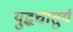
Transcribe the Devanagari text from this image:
यु्द्धचातुर्य